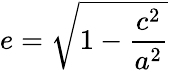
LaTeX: e={\sqrt{1-{\frac{c^{2}}{a^{2}}}}}